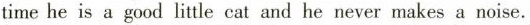
time he is a good little cat and he never makes a noise.